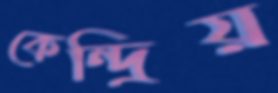
কেন্দ্রিয়